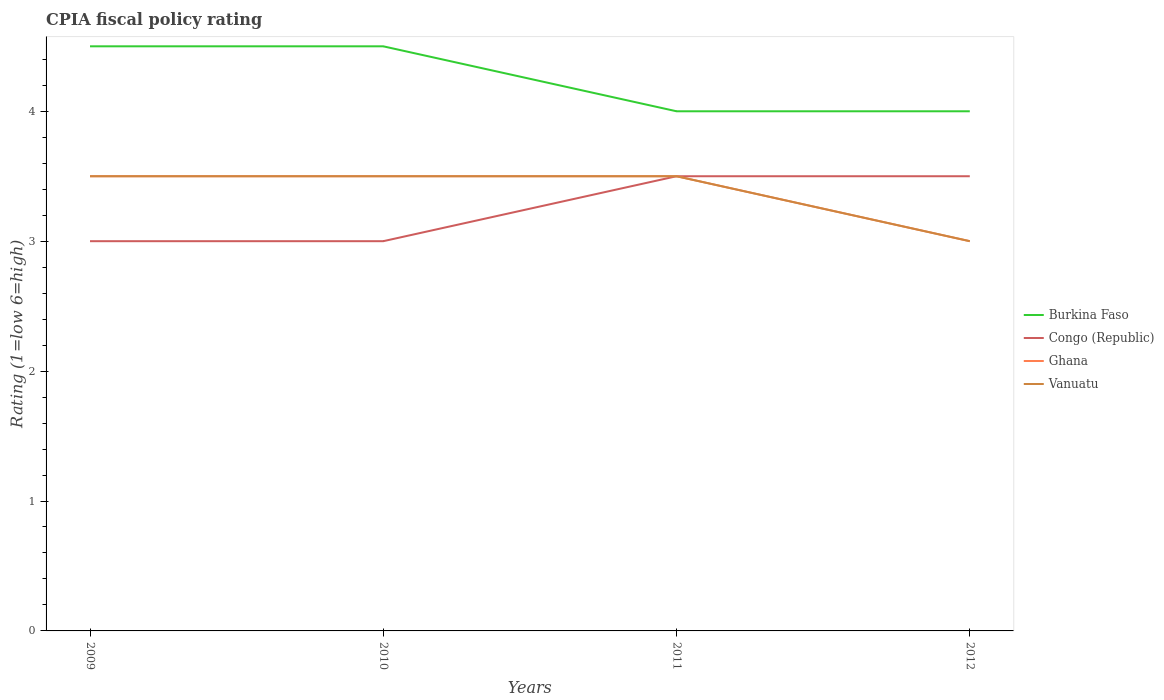
| Years | Burkina Faso | Congo (Republic) | Ghana | Vanuatu |
 | --- | --- | --- | --- | --- |
 | 2009 | 4.5 | 3 | 3.5 | 3.5 |
 | 2010 | 4.5 | 3 | 3.5 | 3.5 |
 | 2011 | 4 | 3.5 | 3.5 | 3.5 |
 | 2012 | 4 | 3.5 | 3 | 3 |